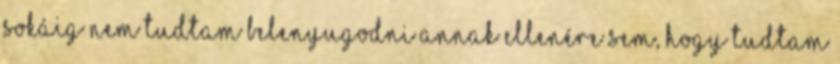
sokáig nem tudtam belenyugodni annak ellenére sem, hogy tudtam